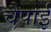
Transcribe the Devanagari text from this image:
चैपाई